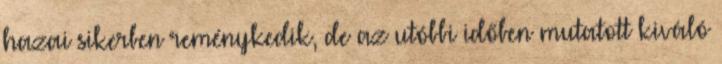
hazai sikerben reménykedik, de az utóbbi időben mutatott kiváló